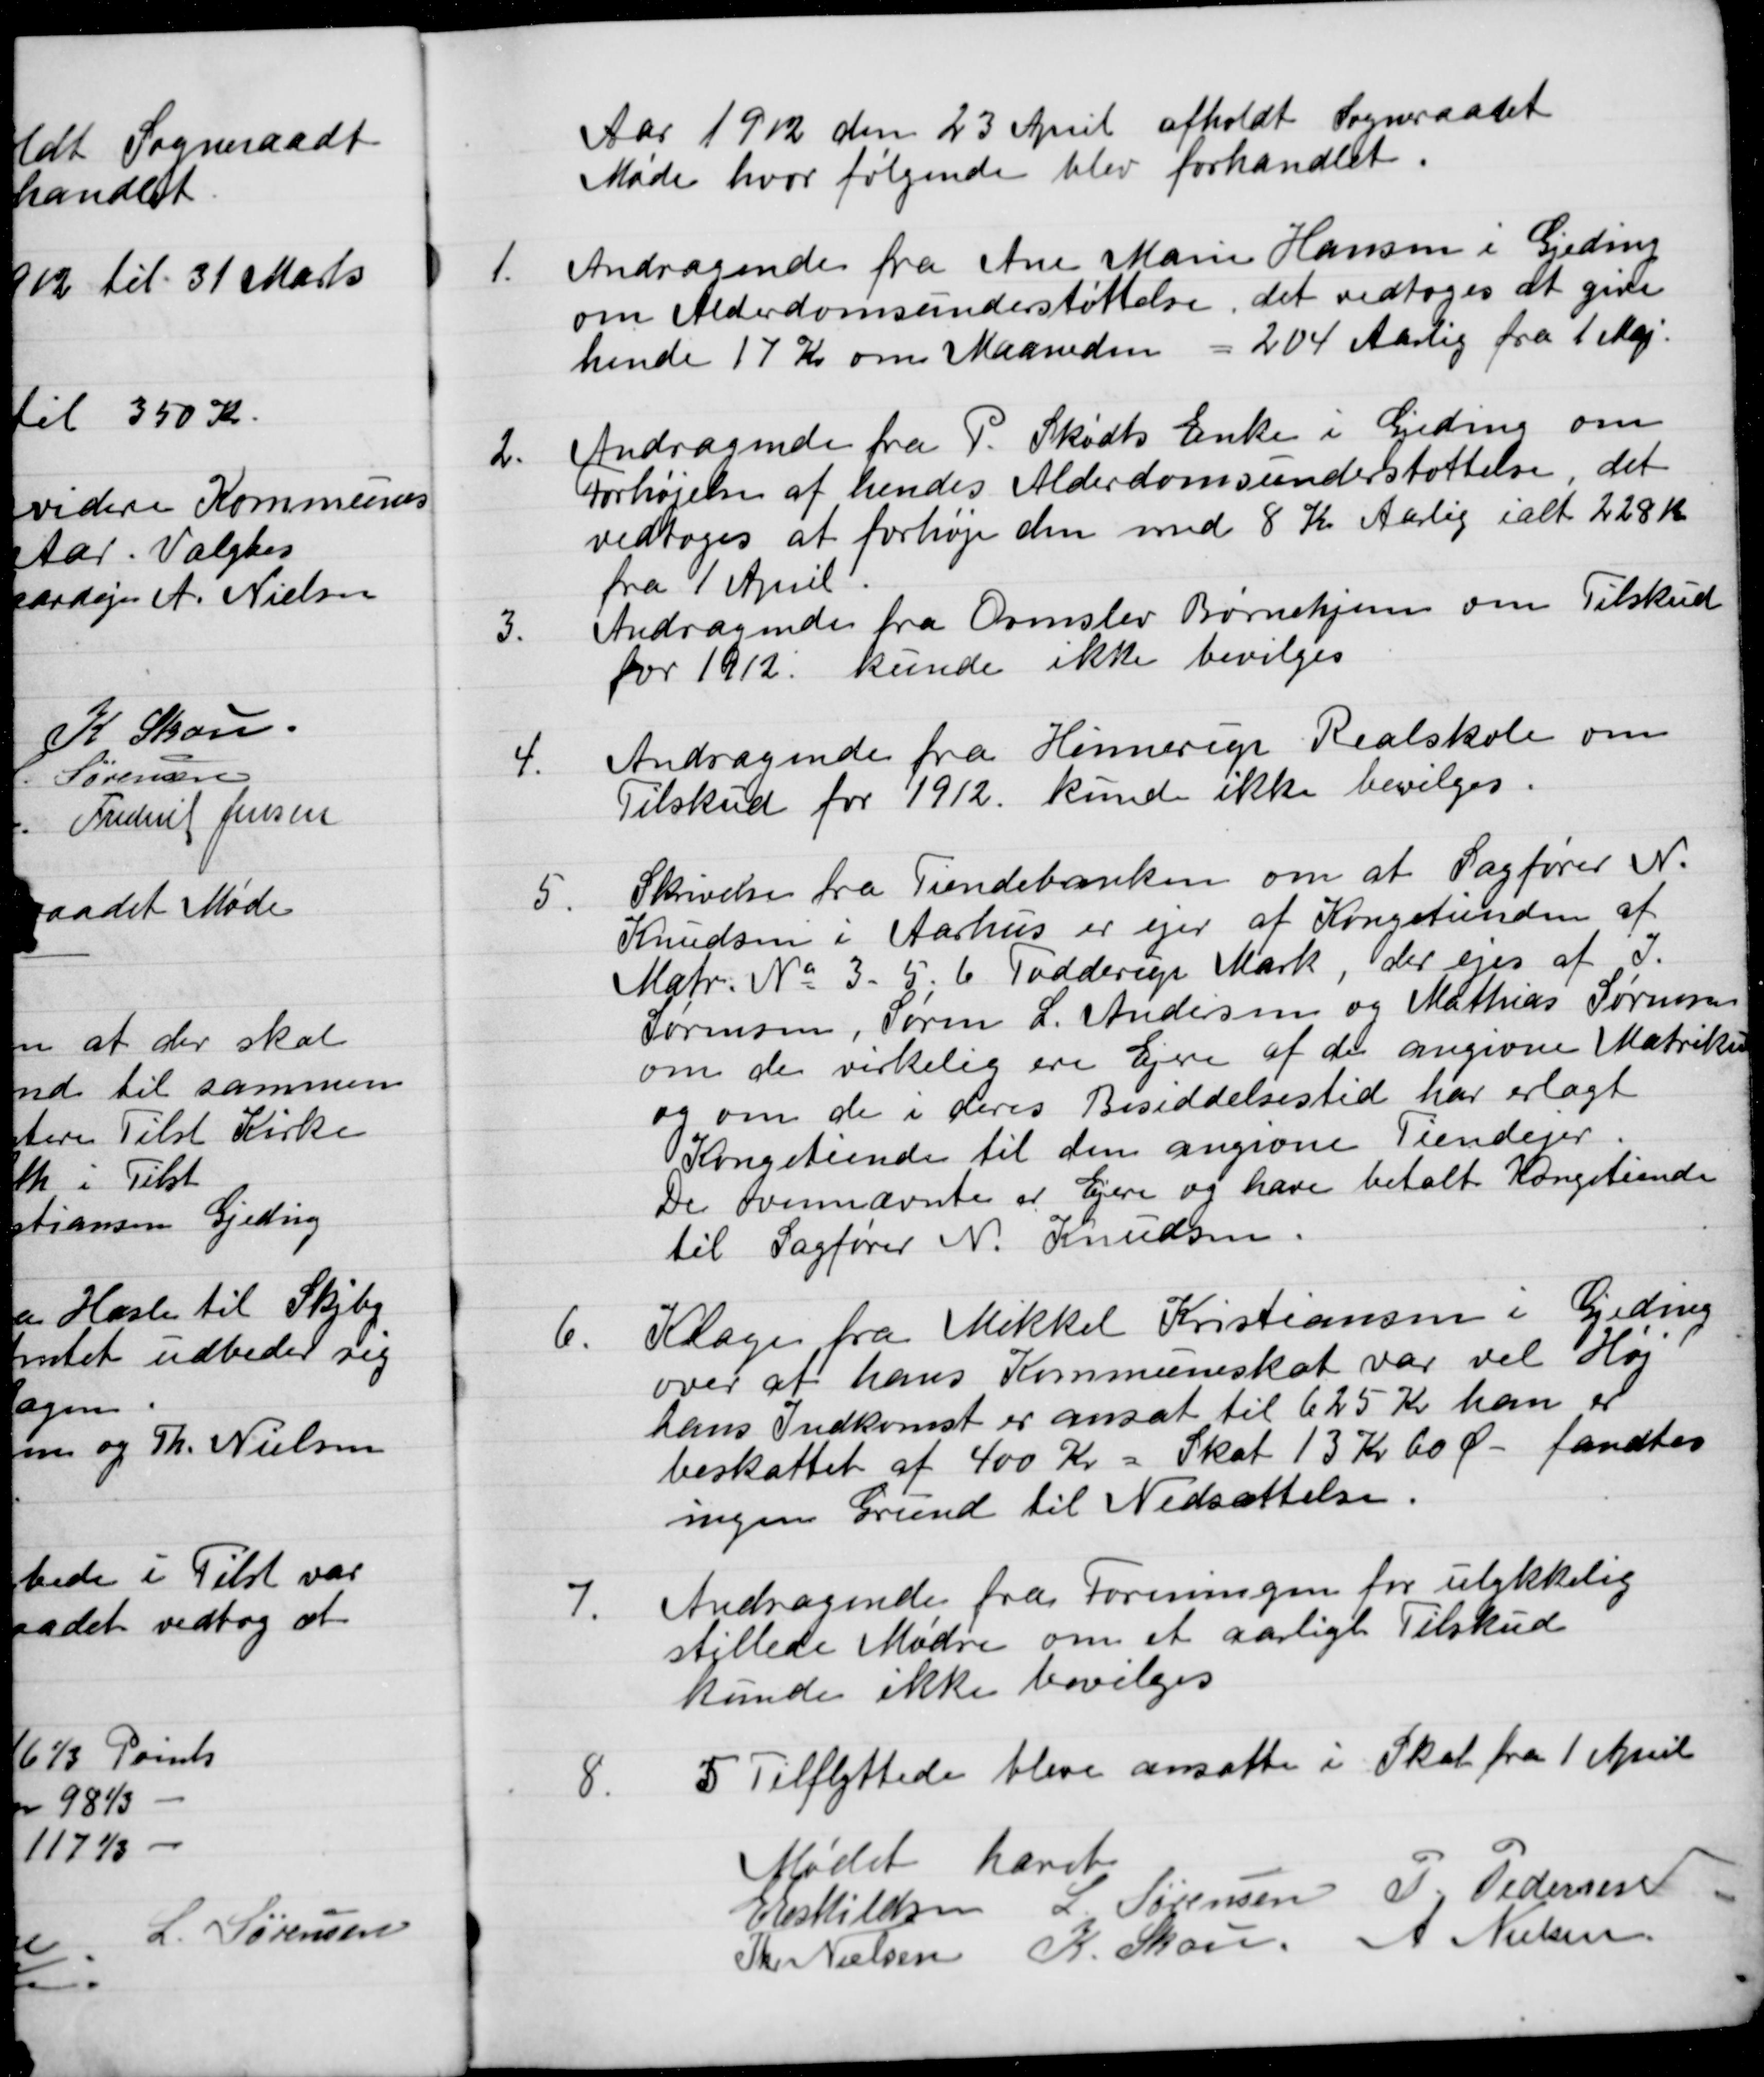
Transskription:
Aar 1912 den 23 April afholdt Sogneraadet
Møde hvor følgende blev forhandlet.
1.
Andragende fra Ane Marie Hansen i Gjeding
om Alderdomsunderstøttelse, det vedtoges at give
hende 17 Kr om Maaneden = 204 Aarlig fra 1 Maj.
2.
Andragende fra P. Skødts Enke i Gjeding om
forhøjelse af hendes Alderdomsunderstøttelse det
vedtoges at forhøje den med 8 Kr Aarlig ialt 228 Kr
fra 1 April.
3.
Andragende fra Ormslev Børnehjem om Tilskud
for 1912
kunde ikke bevilges
4.
Andragende fra Hinnerup Realskole om
Tilskud for 1912
kunde ikke bevilges.
5.
Skrivelse fra Tiendebanken om at Sagfører N.
Knudsen i Aarhus er ejer af Kongetienden af
Matr. No 3- 5, 6 Todderup Mark, der ejes af I.
Sørensen, Søren L. Andersen og Mathias Sørensen
om de virkelig ere Ejere af de angivne Matrikler
og om de i deres Besiddelsestid har erlagt
Kongetiende til den angivne Tiendejer
De ovennævnte er Ejere og have betalt Kongstiende
til Sagfører N. Knudsen.
6.
Klage fra Mikkel Kristiansen i Gjeding
over at hans Kommuneskat var vel Høj
hans Indkomst er ansat til 625 Kr han er
beskattet af 400 Kr = Skat 13 Kr 60 Ø
fandtes
ingen Grund til Nedsættelse.
7.
Andragende fra Foreningen for ulykkelig
stillede Mødre om et aarligt Tilskud
kunde ikke bevilges
8.
5 Tilflyttede bleve ansatte i Skat fra 1 April
Mødet hævet
E Eskildsen
L Sørensen
P Pedersen
Th. Nielsen
K. Skou
A Nielsen